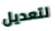
لتعديل